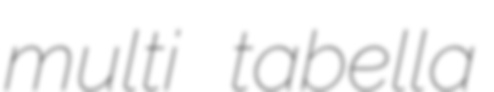
multi tabella